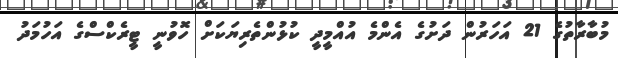
މުބާރާތުގެ 21 އަހަރުން ދަށުގެ އެންމެ އުއްމީދީ ކުޅުންތެރިޔަކަށް ހޮވުނީ ޓީރެކްސްގެ އަހުމަދު